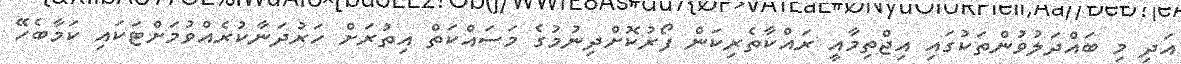
އަދި މި ބައްދަލުވުންތަކުގައި އިޖްތިމާއީ ރައްކާތެރިކަން ފޯރުކޮށްދިނުމުގެ މަސައްކަތް އިތުރަށް ހަރުދަނާކުރެއްވުމަށްޓަކައި ކަމާބެހޭ